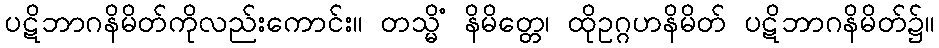
ပဋိဘာဂနိမိတ်ကိုလည်းကောင်း။ တသ္မိံ နိမိတ္တေ၊ ထိုဥဂ္ဂဟနိမိတ် ပဋိဘာဂနိမိတ်၌။